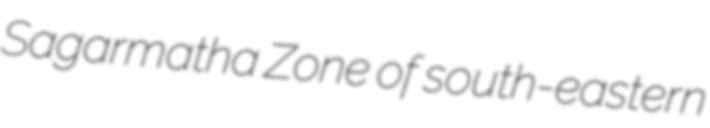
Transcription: Sagarmatha Zone of south-eastern